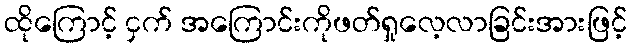
ထိုကြောင့် ငှက် အကြောင်းကိုဖတ်ရှုလေ့လာခြင်းအားဖြင့်